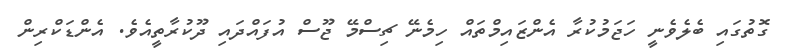
ގޮތުގައި ބެލެވެނީ ހަޖަމުކުރާ އެންޒައިމްތައް ހިމެނޭ ޗިސްމޭ ޖޫސް އުފައްދައި ދޫކުރާތީއެވެ. އެންޑަކްރިން